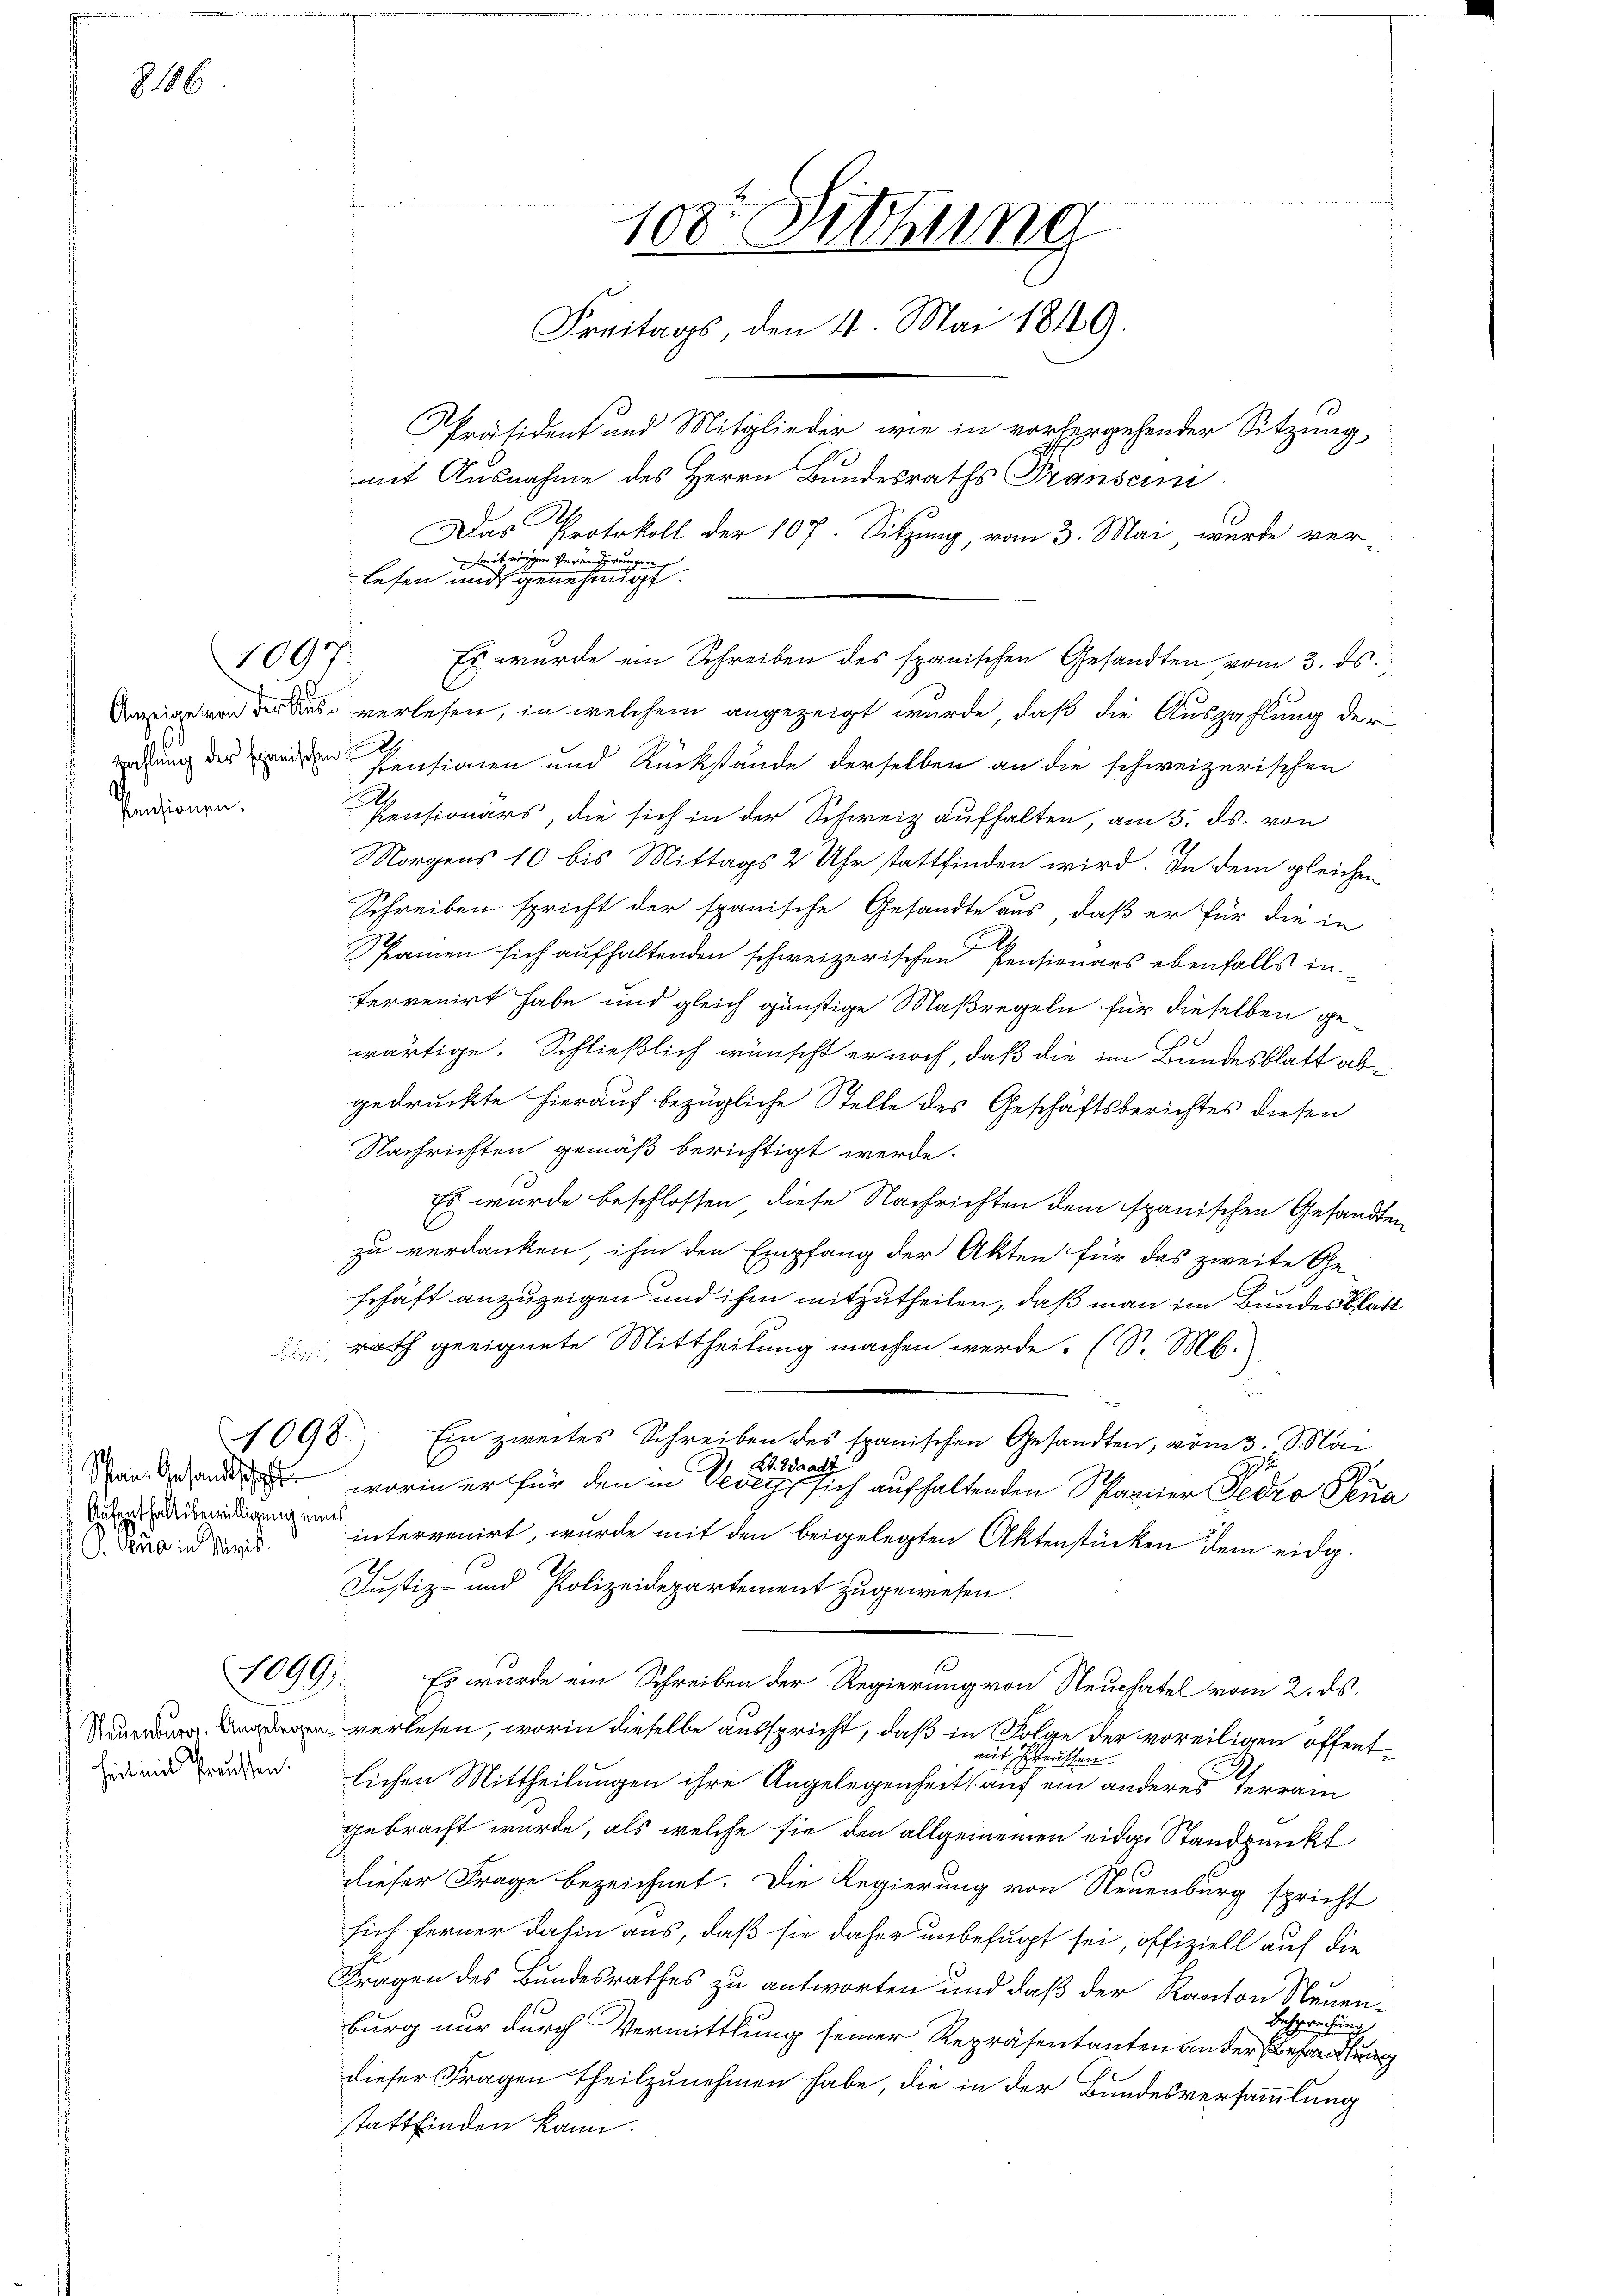
8106.

u
Pensionen.

Aufenthaltsbewilligung eines
G. Sie in Mit

1097.

1098.

mit Ausnahme des Herrn Bundesraths Transcri
Das Protokoll der 107. Sitzung, vom 3. Mai, wurde vermit einigen Veränderungen
lesen und genehmigt.
ige von der verlesen, in welchem angezeigt wurde, daß die Auszahlung der
ihung der ein Pensionen und Rückstände derselben an die schweizerischen
2
Pensionärs, die sich in der Schweiz aufhalten, am 5. ds. von
Morgens 10 bis Mittags 2 Uhr stattfinden wird. In dem gleichen
Schreiben spricht der spanische Gesandte aus, daß er für die in
Namen sich aufhaltenden schweizerischen Pensionars ebenfalls inferrenirt habe und gleich günstige Maßregeln für dieselben ge-
wärtige. Schließlich wünscht er noch, daß die im Bundesblatt abgedruckte hierauf bezügliche Stelle des Geschäftsberichtes diesen
Nachrichten gemäß berichtigt werde.
Es wurde beschlossen, diese Nachrichten dem spanischen Gesandten
zu verdanken, ihm den Empfang der Akten für das zweite Ge-
schaft anzuzeigen und ihm mitzutheilen, daß man im Bundesblatt
rath geeignete Mittheilung machen werde. (S. M.
Ein zweites Schreiben des spanischen Gesandten, vom 3. Mai
2t. Waadt
.
 an, worin er für den in Vevey sich aufhaltenden Spanner Seero Sena
intervenirt, wurde mit den beigelegten Aktenstücken dem eidg.
.
Justiz- und Polizeidepartement zugewiesen.
1099). Es wurde ein Schreiben der Regierung von Neuchatel vom 2. ds.
 verlesen, worin dieselbe ausspricht, daß in Folge der voreiligen öffentait tritten
e wiederlichen Mittheilungen ihre Angelegenheit auf ein anderes Terram
gebracht wurde, als welche sie den allgemeinen eidg. Standpunkt
dieser Frage bezeichnet. Die Regierung von Neuenburg spricht
sich ferner dahin aus, daß sie daher unbefugt sei, offiziell auf die
Fragen des Bundesrathes zu antworten und daß der Kanton Neuen¬
Besprechung
burg nur durch Vermittlung seiner Repräsentanten an der Behandlun
dieser Fragen theilzunehmen habe, die in der Bundesversammlung
stattfinden kann.

108. Sitzung
Freitags, den 4. Mai 1849.

Präsident und Mitglieder, wie in vorhergehender Sitzung,

Es wurde ein Schreiben des spanischen Gesandten vom 3. ds.